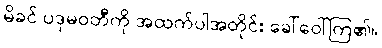
မိခင် ပဒုမဝတီကို အထက်ပါအတိုင်း ခေါ်ဝေါ်ကြ၏။